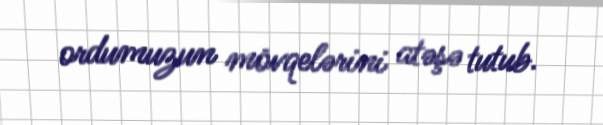
ordumuzun mövqelərini atəşə tutub.